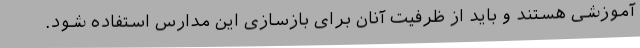
آموزشی هستند و باید از ظرفیت آنان برای بازسازی این مدارس استفاده شود.